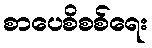
စာပေစိစစ်ရေး